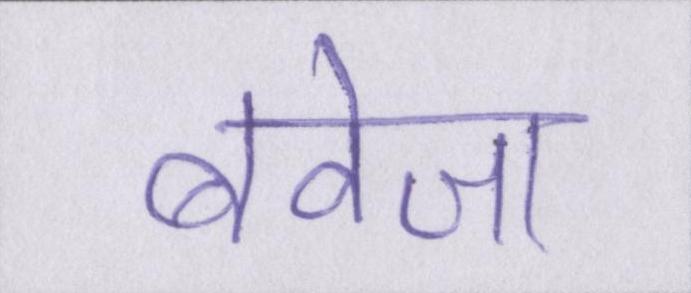
बवेजा